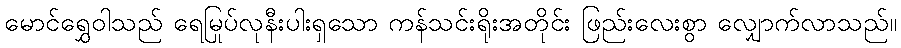
မောင်ရွှေဝါသည် ရေမြုပ်လုနီးပါးရှသော ကန်သင်းရိုးအတိုင်း ဖြည်းလေးစွာ လျှောက်လာသည်။